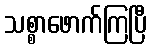
သစ္စာဖောက်ကြပြီ